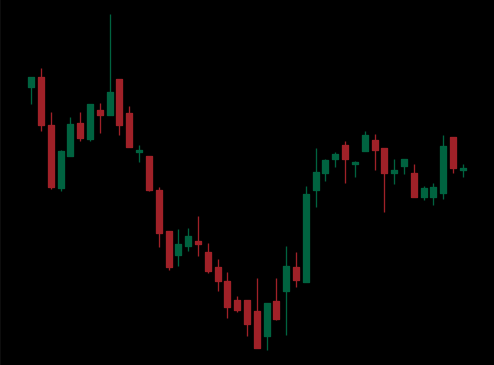
Pattern: inverse_head_shoulders